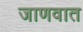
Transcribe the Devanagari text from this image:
जाणवात